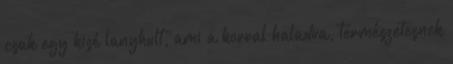
csak egy kisé lanyhult, ami a korral haladva, természetesnek